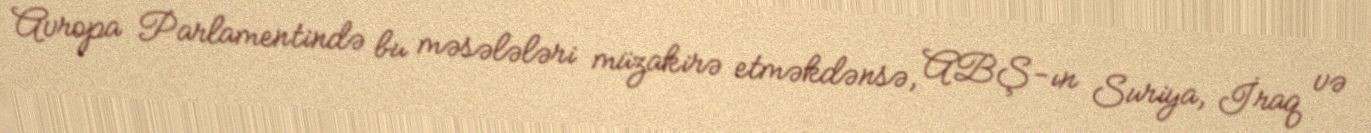
Avropa Parlamentində bu məsələləri müzakirə etməkdənsə, ABŞ-ın Suriya, İraq və